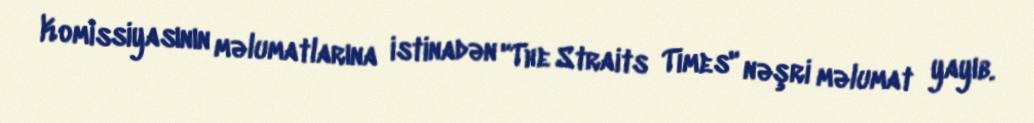
Komissiyasının məlumatlarına istinadən "The Straits Times" nəşri məlumat yayıb.